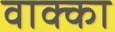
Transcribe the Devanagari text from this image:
वाक्का